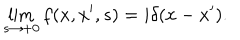
LaTeX: \lim _ { s \rightarrow + 0 } f ( x , x ^ { \prime } , s ) = i \delta ( x - x ^ { \prime } ) .